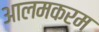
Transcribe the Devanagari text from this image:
आलमकरम